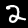
Digit: 2